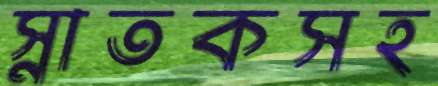
স্নাতকসহ